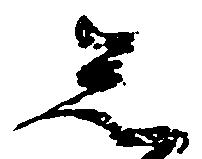
忩